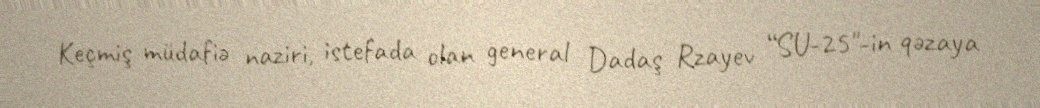
Keçmiş müdafiə naziri, istefada olan general Dadaş Rzayev “SU-25"-in qəzaya